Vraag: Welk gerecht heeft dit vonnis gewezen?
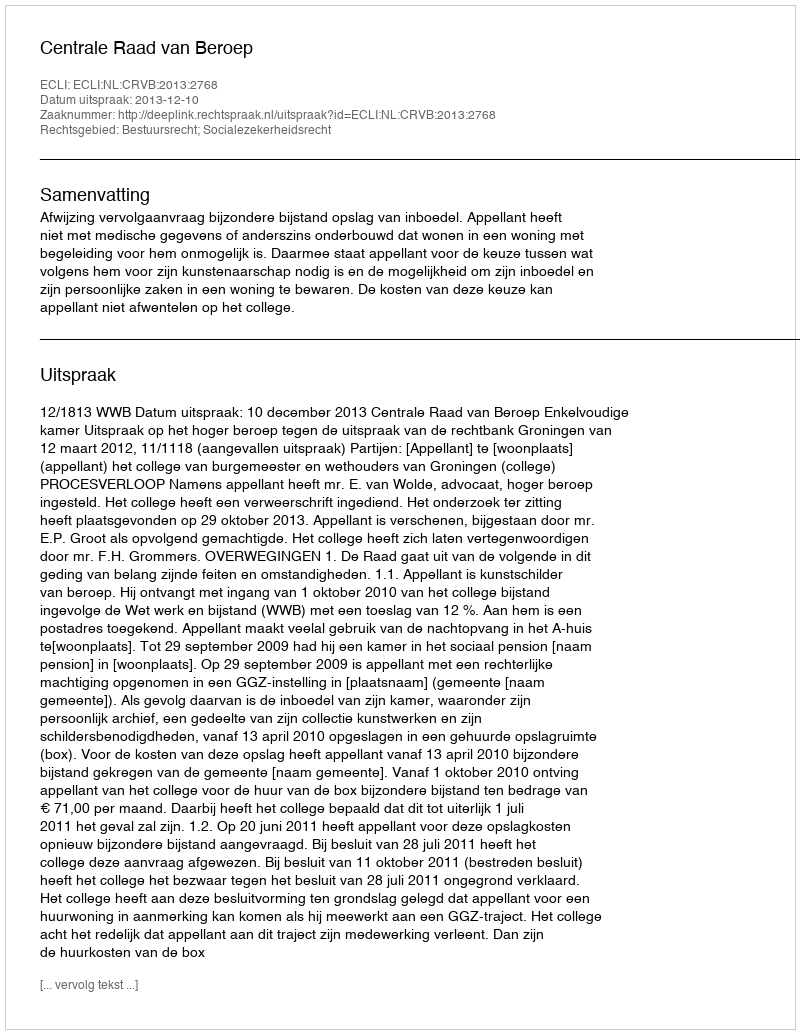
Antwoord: Centrale Raad van Beroep